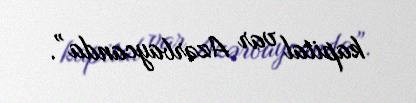
kapital var Azərbaycanda”.